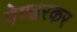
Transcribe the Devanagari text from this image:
पेण्ढरकर